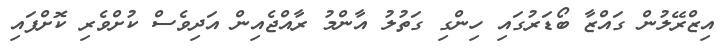
އިޒްރޭލުން ގައްޒާ ބޯޑަރުގައި ހިންގި ގަތުލު އާންމު ރާއްޖެއިން އަދިވެސް ކުށްވެރި ކޮށްފައި